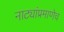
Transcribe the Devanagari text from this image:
नाट्यांप्रमाणेच